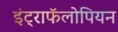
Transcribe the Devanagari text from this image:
इंट्राफॅलोपियन